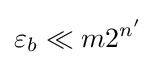
\varepsilon _{b}\ll m2^{n'}